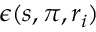
\epsilon ( s , \pi , r _ { i } )